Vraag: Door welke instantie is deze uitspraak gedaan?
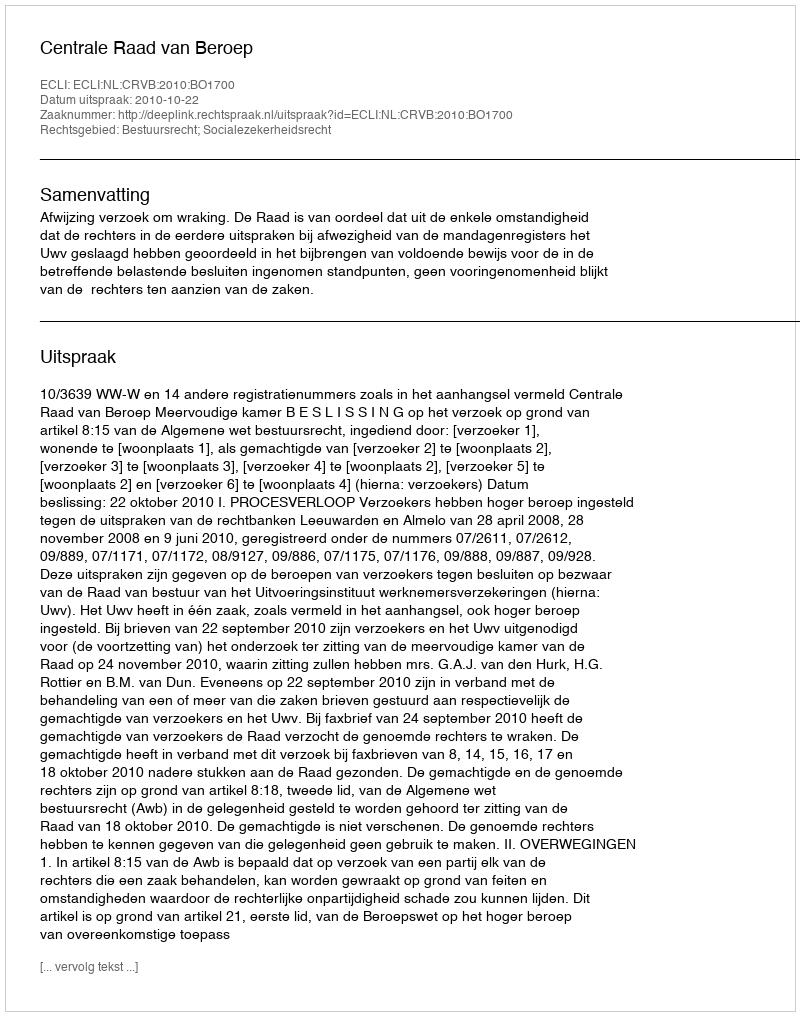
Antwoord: Centrale Raad van Beroep